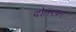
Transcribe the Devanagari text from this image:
दोतरफ़ा